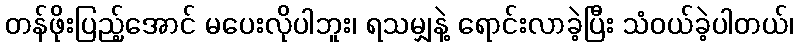
တန်ဖိုးပြည့်အောင် မပေးလိုပါဘူး၊ ရသမျှနဲ့ ရောင်းလာခဲ့ပြီး သံဝယ်ခဲ့ပါတယ်၊